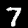
Label: 7